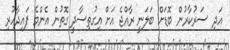
އަދި ސަރުކާރުން ބޮޑަށް ބަލަނީ ރާއްޖެ އަށް އިގުތިސާދީ ގޮތުން އެންމެ ފައިދާހުރި